Indian Medical Review
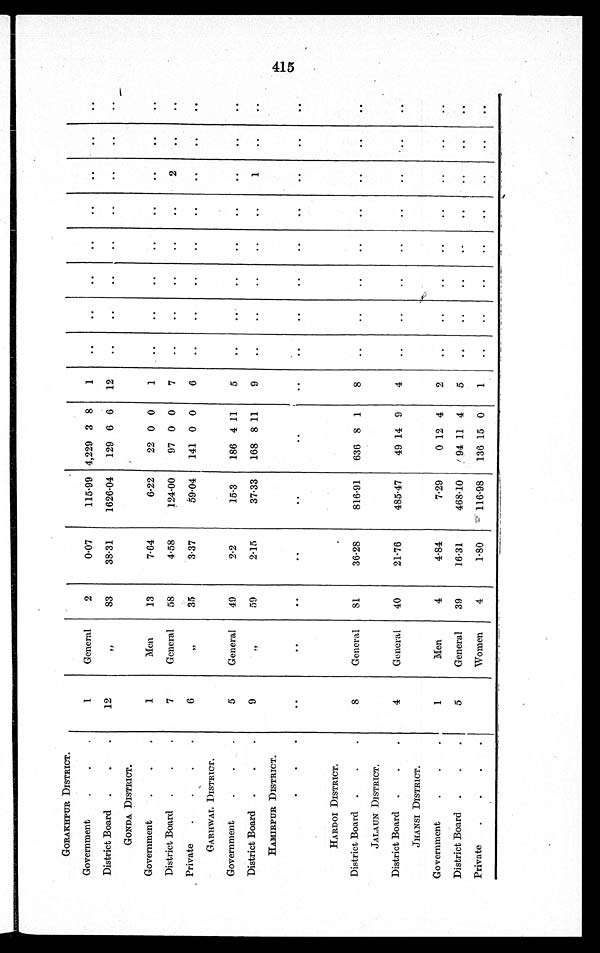
GORAKHPUR DISTRICT.
Government
.
.
1
General
2
0.07
115.99 4,229 3 8
1
..
..
..
..
..
..
District Board .
.
.
12
"
83
38.31
1626.04
129 6 6
12
..
..
..
..
..
..
..
..
GONDA DISTRICT.
Government
.
.
1
Men
13
7.64
6.22
22 0 0
1
..
..
..
..
..
..
..
..
District Board .
.
.
7
General
58
4.58
124.00
97 0 0
7
..
..
..
..
..
2
..
Private
.
.
.
.
6
"
35
3.37
59.04
141 0 0
6
..
..
..
..
..
..
. .
. .
GARHwAL DISTRICT.
Government
.
.
5
General
49
2.2
15.3
186 4
1 1
5
..
..
..
..
..
..
District Board .
.
.
9
„
59
2.15
37.33
168 8 11
9
..
..
..
..
..
1
..
..
HAMIRPUR DISTRICT.
. .
. .
. .
. .
. .
. . . .
. .
. .
. .
. .
. .
. .
. .
. .
. .
HARDOI DISTRICT.
District Board .
.
.
8
General
81
36.28
816.91
636 8 1
8
.
.
..
..
..
..
JALAUN DISTRICT.
District Board .
.
4
General
40
21.76
485.47
49 14 9
4
..
..
..
..
..
..
..
. .
JHANSI DISTRICT.
Government
.
.
1
Men
4
4.84
7.29
0 12 4
2
..
..
..
..
..
..
..
District Board .
.
.
5
General
39
16.31
468.10 ,94 11 4
5
..
..
..
Private
.
.
.
.
Women
4
1.80
116.98
136 15 0
1
..
..
..
..
..
..
..
..
415